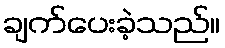
ချက်ပေးခဲ့သည်။